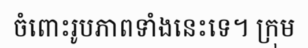
ចំពោះរូបភាពទាំងនេះទេ។ ក្រុម